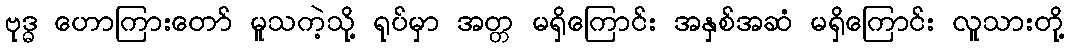
ဗုဒ္ဓ ဟောကြားတော် မူသကဲ့သို့ ရုပ်မှာ အတ္တ မရှိကြောင်း အနှစ်အဆံ မရှိကြောင်း လူသားတို့